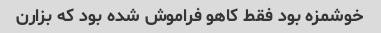
خوشمزه بود فقط کاهو فراموش شده بود که بزارن